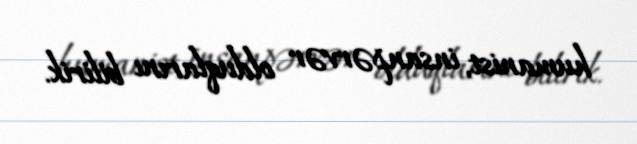
humanist, insanpərvər olduqlarını bilirik.